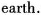
earth.